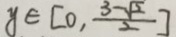
y \in [ 0 , \frac { 3 - \sqrt { 2 } } { 2 } ]